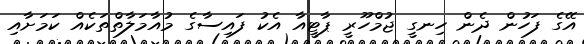
އޭގެ ފަހުން ދެން ހިނގީ ޖުމްހޫރީ ޕާޓީއާ އެކު ފައިސާގެ މުއާމަލާތްތަކެއް ކަމަށާއި